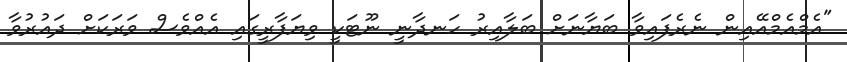
"އެމްއެމްއޭއިން ނެރެފައިވާ ބަޔާނަށް ބަލާއިރު ހަނދާނީ ނޫޓަކީ ވިޔަފާރީގައި އެއްވެސް ވަރަކަށް ދައުރުވާ